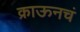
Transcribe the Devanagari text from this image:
क्राऊनचं